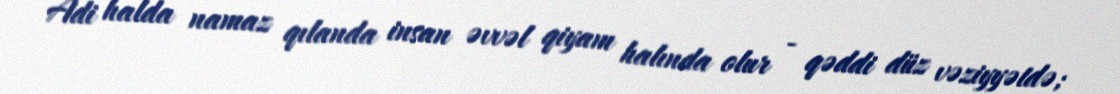
Adi halda namaz qılanda insan əvvəl qiyam halında olur - qəddi düz vəziyyətdə;